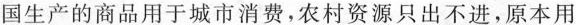
国生产的商品用于城市消费，农村资源只出不进，原本用